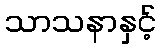
သာသနာနှင့်